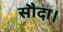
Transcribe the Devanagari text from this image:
सौदा।